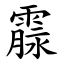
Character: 霡